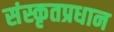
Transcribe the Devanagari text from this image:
संस्कृतप्रधान